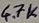
Text: 4.7K